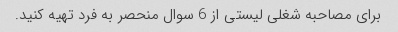
برای مصاحبه شغلی لیستی از 6 سوال منحصر به فرد تهیه کنید.